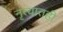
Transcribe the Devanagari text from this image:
नृत्यातही